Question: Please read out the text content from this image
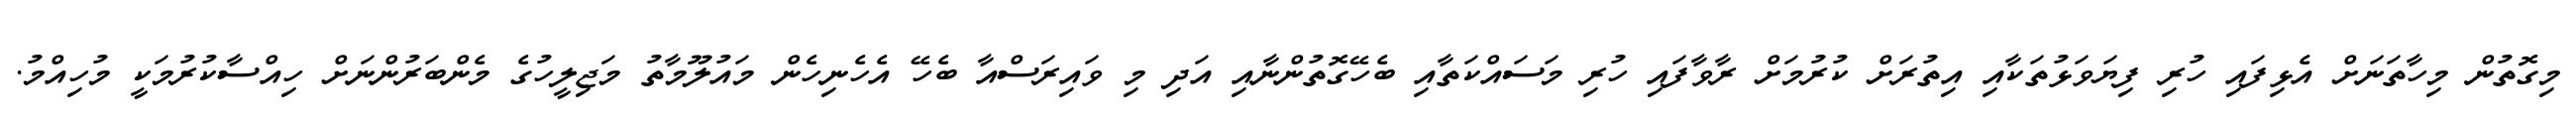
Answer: މިގޮތުން މިހާތަނަށް އެޅިފައި ހުރި ފިޔަވަޅުތަކާއި އިތުރަށް ކުރުމަށް ރާވާފައި ހުރި މަސައްކަތާއި ބެހޭގޮތުންނާއި އަދި މި ވައިރަސްއާ ބެހޭ އެހެނިހެން މައުލޫމާތު މަޖިލީހުގެ މެންބަރުންނަށް ހިއްސާކުރުމަކީ މުހިއްމު.